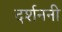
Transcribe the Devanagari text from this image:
दर्शननी